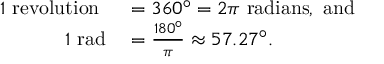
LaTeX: \begin{array} { r l } { 1 { \mathrm { ~ r e v o l u t i o n ~ } } } & { { } = 3 6 0 ^ { \circ } = 2 \pi { \mathrm { ~ r a d i a n s , ~ a n d } } } \\ { 1 { \mathrm { ~ r a d } } } & { { } = { \frac { 1 8 0 ^ { \circ } } { \pi } } \approx 5 7 . 2 7 ^ { \circ } . } \end{array}